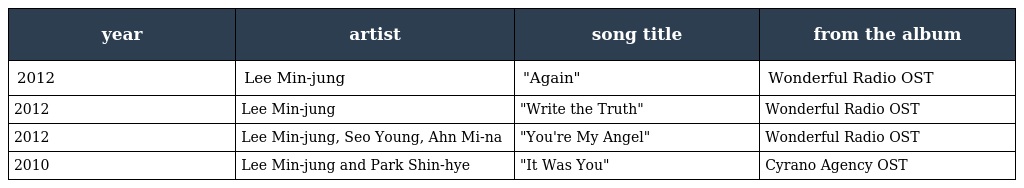
| year | artist | song title | from the album |
 | --- | --- | --- | --- |
 | 2012 | Lee Min-jung | "Again" | Wonderful Radio OST |
 | 2012 | Lee Min-jung | "Write the Truth" | Wonderful Radio OST |
 | 2012 | Lee Min-jung, Seo Young, Ahn Mi-na | "You're My Angel" | Wonderful Radio OST |
 | 2010 | Lee Min-jung and Park Shin-hye | "It Was You" | Cyrano Agency OST |